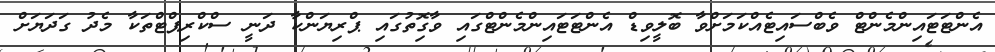
އެންޓަޓައިންމެންޓް ވެބްސައިޓެއްކަމަށްވާ ބޮލީވިޑް އެންޓަޓައިންމެންޓްގައި ވާގިޮތުގައި ޕްރިޔަންކާ ދަނީ ސްކްރިޕްޓްތަކާ މެދު ގަދަޔަށް